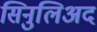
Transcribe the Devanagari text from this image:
सिनुलिअद